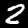
Label: 2